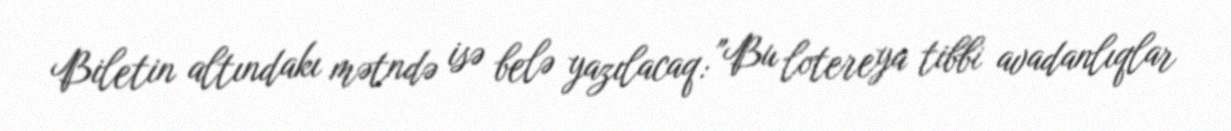
Biletin altındakı mətndə isə belə yazılacaq: "Bu lotereya tibbi avadanlıqlar